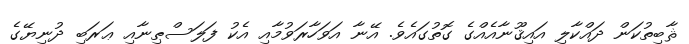
ޘާބިތުކަން ދައްކާލި އައިޤޫނާއެއްގެ ގޮތުގައެވެ. އޭނާ އަވަހާރަވުމާއި އެކު ފަލަސްޠިނާއި ޢަރަބި ދުނިޔޭގެ